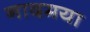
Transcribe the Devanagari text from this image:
नादमया